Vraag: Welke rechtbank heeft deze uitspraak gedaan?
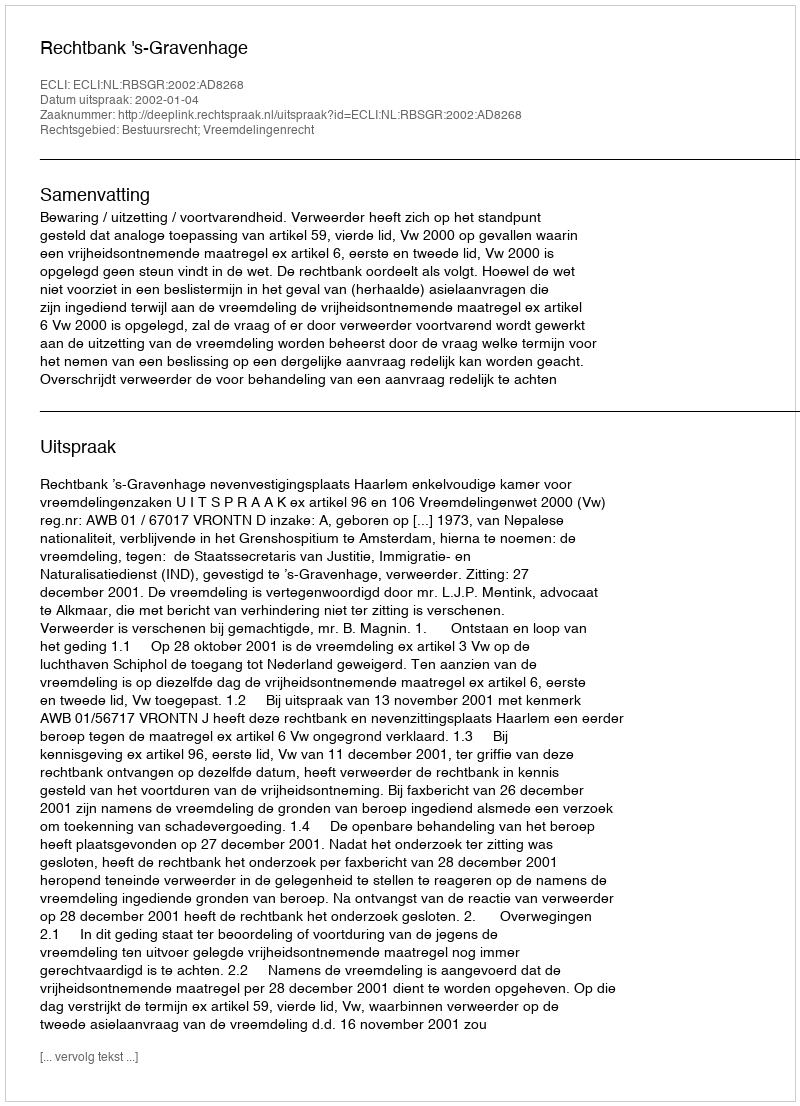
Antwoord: Rechtbank 's-Gravenhage